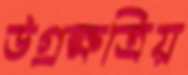
উগ্রক্ষত্রিয়